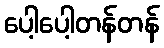
ပေါ့ပေါ့တန်တန်